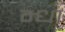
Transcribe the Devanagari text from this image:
न्धा